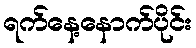
ရက်နေ့နောက်ပိုင်း